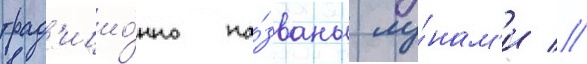
трад'ицио́нно на́званы лу́нам'и //